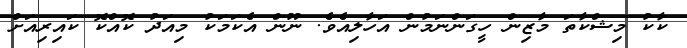
ކާކު މިޝްކާތަ މާޒިން ހީގަންނަމުން އަހާލިއެވެ. ނޫން އެކަމަކު މިއަދު ކޮއްކޮ ކައިރިއަށް